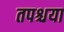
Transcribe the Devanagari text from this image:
तपश्चया